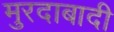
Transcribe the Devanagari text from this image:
मुरदाबादी